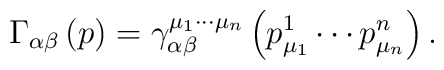
\Gamma _{\alpha \beta }\left( p\right) =\gamma _{\alpha \beta }^{\mu_1\cdots \mu _n}\left( p_{\mu _1}^1\cdots p_{\mu _n}^n\right) .